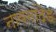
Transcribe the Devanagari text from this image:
नावनांदेड